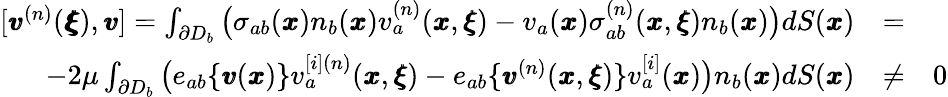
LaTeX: \begin{array}{rlr}{[{\pmb v}^{(n)}({\pmb{\pmb\xi}}),{\pmb v}]=\int_{\partial D_{b}}\big(\sigma_{ab}({\pmb x})n_{b}({\pmb x})v_{a}^{(n)}({\pmb x},{\pmb\xi})-v_{a}({\pmb x})\sigma_{ab}^{(n)}({\pmb x},{\pmb\xi})n_{b}({\pmb x})\big)dS({\pmb x})}&{=}&\\ {-2\mu\int_{\partial D_{b}}\big(e_{ab}\{ {\pmb v}({\pmb x})\} v_{a}^{[i](n)}({\pmb x},{\pmb\xi})-e_{ab}\{ {\pmb v}^{(n)}({\pmb x},{\pmb\xi})\} v_{a}^{[i]}({\pmb x})\big)n_{b}({\pmb x})dS({\pmb x})}&{\neq}&{0}\end{array}